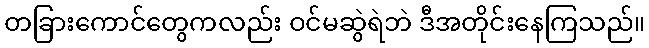
တခြားကောင်တွေကလည်း ဝင်မဆွဲရဲဘဲ ဒီအတိုင်းနေကြသည်။